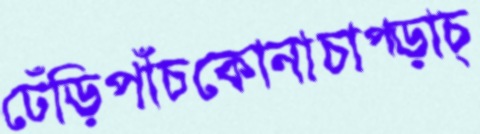
ঢেঁড়িপাঁচকোনাচাপ্‌ড়াচ্